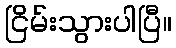
ငြိမ်းသွားပါပြီ။